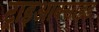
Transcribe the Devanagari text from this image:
ट्राइआक्साइड